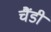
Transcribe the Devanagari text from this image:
चैंडी